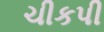
ચીકપી